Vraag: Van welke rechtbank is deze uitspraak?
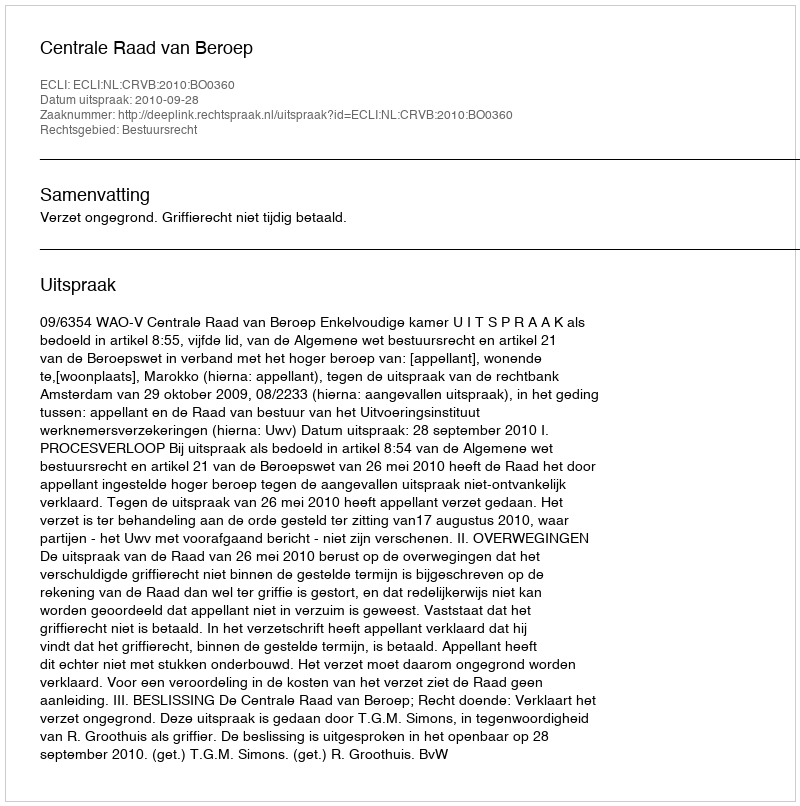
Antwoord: Centrale Raad van Beroep